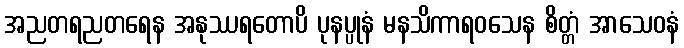
အညတရညတရေန အနုဿရတောပိ ပုနပ္ပုနံ မနသိကာရဝသေန စိတ္တံ အာသေဝနံ